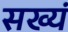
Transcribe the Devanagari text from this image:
सख्यं